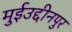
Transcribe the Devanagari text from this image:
मुईउद्दीनपुर